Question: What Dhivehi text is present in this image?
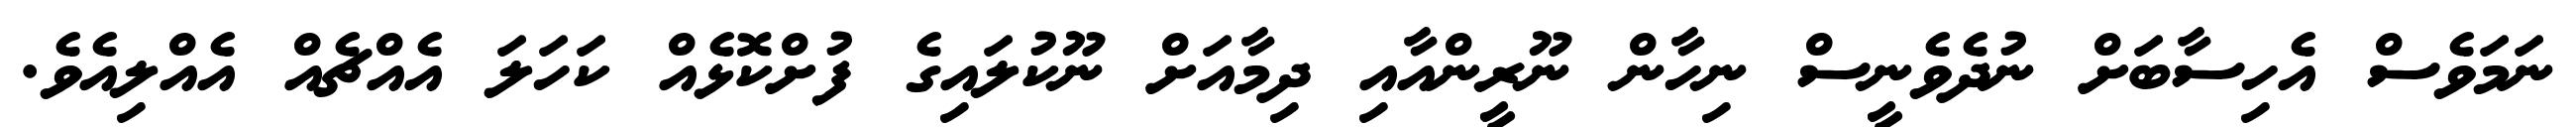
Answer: ނަމަވެސް އެހިސާބަށް ނުދެވެނީސް ނިހާން ނޫރީންއާއި ދިމާއަށް ނޫކުލައިގެ ފުށްކޮޅެއް ކަހަލަ އެއްޗެއް އެއްލިއެވެ.